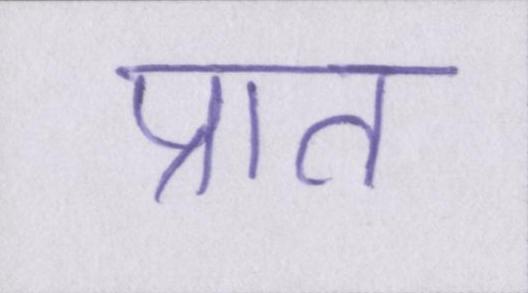
प्रात